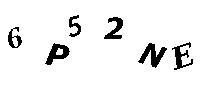
6P52NE